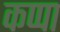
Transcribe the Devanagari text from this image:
कप्‍पा